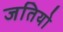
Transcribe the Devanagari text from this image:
जतियो